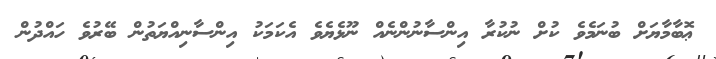
ޢޮބާމާޔަށް ބުނަމެވެ ކުށް ނުކުރާ އިންސާނުންނެއް ނޫޅެޔެވެ އެކަމަކު އިންސާނިއްޔަތުން ބޭރުވެ ހައްދުން